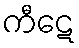
ကီဋေ